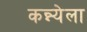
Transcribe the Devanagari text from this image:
कन्न्येला